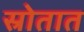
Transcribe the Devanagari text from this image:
स्रोतात